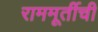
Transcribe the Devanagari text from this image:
राममूर्तीची